Civil Veterinary Dept. Assam report 1927-50 - 1927-1950
Year: 1927
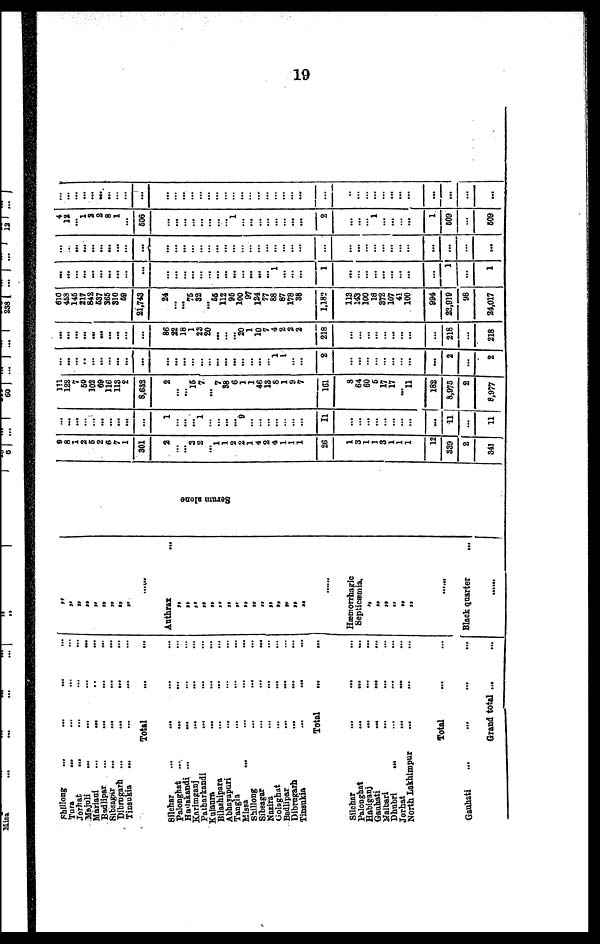
19
Shillong ...
Tura ...
Jorhat ...
Majuli ...
Mariani ...
Badlipur ...
Sibsagar ...
Dibrugarh ...
Tinsukia ...
Silchar ...
Palongnat ...
Halakandi ...
Karimganj ...
Patharkandi
Kulaura
Bilashipara
Abhayapuri
Tangla
Missa ...
Shillong
Sibsagar
Nazira ...
Golaghat
Badlipur
Dibrugarh
Tinsukia
Silchar
Palonghat
Habiganj
Gauhati
Nalbari
Dhubri
...
Jorhat
North Lakhimpur
... ... ...
... ... ...
... ... ...
... ... ...
... ... ...
... ... ...
... ... ...
... ... ...
Total ... ...
... ... ...
... ... ...
... ... ...
... ... ...
... ... ...
... ... ...
... ... ...
... ... ...
... ... ...
...
...
...
...
...
...
... ... ...
... ... ...
... ... ...
... ... ...
... ... ...
Total ... ...
... ... ...
...
... ...
...
...
...
... ... ...
...
...
...
... ... ...
...
...
...
...
...
...
Total
...
...
Gauhati
... ... ...
Grand total ... ...
„
„
„
„
„
„
„
„
„
......
Anthrax
...
„
„
„
„ „
„ „
„
„ „
„
„
„
„
„
......
Hæmorrhagic
Septiæmia.
„
„
„ „
„
„
......
Black quarter
..,
......
Se r
um alone
9
8
1
2
5
2
6
7
1
301
2
... ...
3 2
... 1 1
2
2
1
4
2
4
1
1
1
26
1
3
1
1
3
1
1
1
12
339
2
341
...
...
...
...
... ...
... ...
...
...
...
... ...
... ...
1 ...
...
...
9
... ...
... ...
...
...
...
11
...
...
...
...
...
...
...
...
...
11
...
11
111
122
7
50
102
69
116
113
2
8,632
2
... ...
15 7
... 7
38
6 1
1
46
13
8
1
9
7
161
3
64
60
5
17
17
... 11
182
8,975
2
8,977
...
...
... ..
... ...
...
...
...
...
...
... ...
... ...
... ...
...
...
...
... ...
... 1
1
...
...
2
...
...
...
...
...
...
...
...
...
2
...
2
...
...
...
...
... ...
...
...
...
...
86
22 18
1
23
20
...
...
...
20
1
10
7
4
2
2
2
218
...
...
...
...
... ...
...
...
...
218
...
218
610
458
145
217
842
637
365
310
59
21,743
24
... ... 75
32
... 55
112
95
100
97
124
77
88
87
178
38
1,182
113
143
100
18
372
107
41
100
994
23,919
98
24,017
...
...
...
...
... ...
...
...
...
...
...
... ...
... ...
... ...
...
...
...
... ...
... 1
...
...
...
1
...
...
...
...
...
...
...
...
...
1
...
1
...
...
...
...
... ...
...
...
...
...
...
... ...
... ...
... ...
...
...
...
... ...
...
...
...
...
...
...
...
...
...
...
...
...
...
...
...
...
...
...
4
12
... 1
2
2
8
1
...
506
...
... ...
... ...
... ... ...
1
...
... ...
...
...
...
...
...
2
...
...
... 1
...
...
...
...
1
509
...
509
...
...
...
...
... ...
...
...
...
...
...
... ...
... ...
... ...
...
...
...
... ...
...
...
...
...
...
...
...
...
... ...
... ...
...
...
...
...
...
...